Annual report on the Civil Veterinary Department, Burma (including the Insein Veterinary School) - 1910-1922
Year: 1910
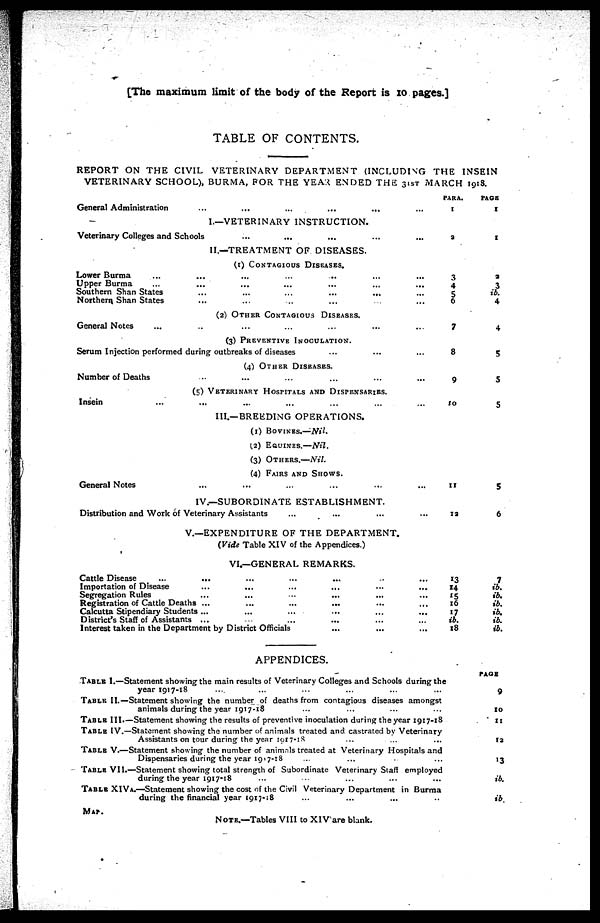
[The maximum limit of the body of the Report is 10 pages.]
TABLE OF CONTENTS.
REPORT ON THE CIVIL VETERINARY DEPARTMENT (INCLUDING THE INSEIN
VETERINARY SCHOOL), BURMA, FOR THE YEAR ENDED THE 31ST MARCH 1918.
General Administration ... ... ... ... ...
I.—VETERINARY INSTRUCTION.
Veterinary Colleges and Schools ... ... ... ...
II.—TREATMENT OF DISEASES.
(1) CONTAGIOUS DISEASES.
Lower Burma ... ... ... ... ... ...
Upper Burma ... ... ... ... ... ...
Southern Shan States ... ... ... ... ...
Northern Shan States ... ... ... ... ...
(2) OTHER CONTAGIOUS DISEASES.
General Notes ... ... ... ... ... ...
(3) PREVENTIVE INOCULATION.
Serum Injection performed during outbreaks of diseases
(4) OTHER DISEASES.
Number of Deaths ... ... ... ... ...
(5) VETERINARY HOSPITALS AND DISPENSARIES.
Insein ... ... ... ... ... ...
III.—BREEDING OPERATIONS.
(1) BOVINES.—Nil.
(2) EQUINES.—Nil.
(3) OTHER.—Nil.
(4) FAIRS AND SHOWS.
General Notes ... ... ... ... ... ...
IV.—SUBORDINATE ESTABLISHMENT.
Distribution and Work of Veterinary Assistants ... ... ...
PARA.
1
1
3
4
5
6
7
8
9
10
11
12
PAGE
1
1
2
3
ib.
4
4
5
5
5
5
6
V.—EXPENDITURE OF THE DEPARTMENT.
(Vide Table XIV of the Appendices.)
VI.—GENERAL REMARKS.
Cattle Disease
...
.........
Importation of Disease.........
Segregation
Rules......
Registration of Cattle Deaths.........
Calcutta Stipendiary Students.........
District's Staff of Assistants......
Interest taken in the Department by District Officials
...
...
...
...
...
...
...
...
...
...
...
...
...
...
...
...
...
...
...
...
...
13
14
15
16
17
ib.
18
7
ib.
ib.
ib.
ib.
ib.
ib.
APPENDICES.
TABLE I.—Statement showing the main results of Veterinary Colleges and Schools during the
year 1917-18 ... ... ... ... ... ...
TABLE II.—Statement showing the number of deaths from contagious diseases amongst
animals during the year 1917-18 ... ... ... ...
TABLE III.—Statement showing the results of preventive inoculation during the year 1917-18
TABLE IV.—Statement showing the number of animals treated and castrated by Veterinary
Assistants on tour during the year 1917-18 ... ... ...
TABLE V.—Statement showing the number of animals treated at Veterinary Hospitals and
Dispensaries during the year 1917-18 ... ... ...
TABLE VII.—Statement showing total strength of Subordinate Veterinary Staff employed
during the year 1917-18 ... ... ... ...
TABLE XIV.—Statement showing the cost of the Civil Veterinary Department in Burma
during the financial year 1917-18 ... ... ... ...
MAP.
NOTE.—Tables VIII to XIV are blank.
PAGE
9
10
11
12
13
ib.
ib